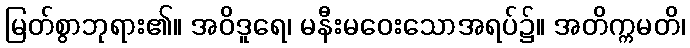
မြတ်စွာဘုရား၏။ အဝိဒူရေ၊ မနီးမဝေးသောအရပ်၌။ အတိက္ကမတိ၊